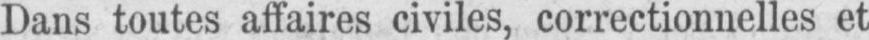
Dans toutes affaires civiles, correctionnelles et